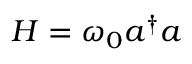
H = \omega _ { 0 } a ^ { \dag } a